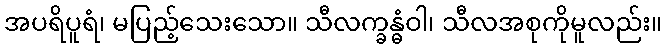
အပရိပူရံ၊ မပြည့်သေးသော။ သီလက္ခန္ဓံဝါ၊ သီလအစုကိုမူလည်း။